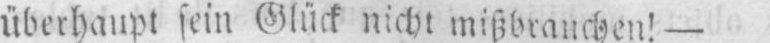
überhaupt sein Glück nicht mißbrauchen! -